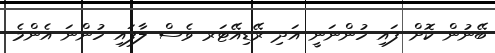
ބޭނުން ކޮށް ފައި ހުންނަނީ އަދި ރޭޑިއޭޓަރ ވެސް ލާފައި ހުންނަ އެންމެ